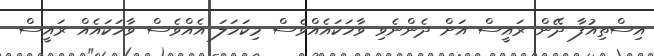
އިސްތިއުފާ ދޭން ރައީސް އަށް ދެންނެވި ވާހަކައެއްވެސް މިކަހަލަ އެއްވެސް ވާހަކައެއް ރައީސް